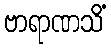
ဗာရာဏသိံ